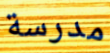
مدرسة